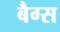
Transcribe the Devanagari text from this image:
बैग्‍स